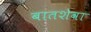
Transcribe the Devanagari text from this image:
बातशेवा